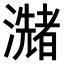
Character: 𤂩